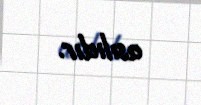
asılıdır.